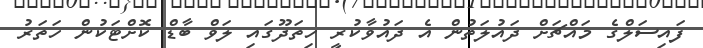
ފައިސަލްގެ މައްޗަށް ދައުލަތުން އެ ދައުވާކުރީ ހިތަދޫގައި ލަވް ބާޑް ކޮށްޓަކުން ހަތަރު